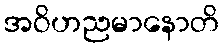
အဝိဟညမာနောတိ